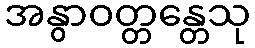
အနွာဝတ္တန္တေသု